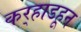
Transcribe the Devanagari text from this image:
कर्‍हाडहून